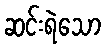
ဆင်းရဲသော